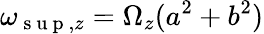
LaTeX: \omega_{\mathrm{~s~u~p~},z}=\Omega_{z}(a^{2}+b^{2})